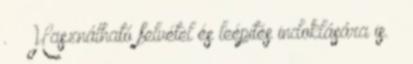
. ◦ Használható felvétel és leépítés indoklására is. 